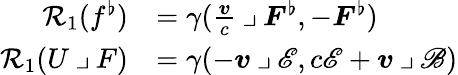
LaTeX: \begin{array}{rl}{\mathcal{R}_{1}(f^{\flat})}&{=\gamma(\frac{\boldsymbol{v}}{c}\mathbin{\lrcorner}\boldsymbol{F}^{\flat},-\boldsymbol{F}^{\flat})}\\ {\mathcal{R}_{1}(U\mathbin{\lrcorner}F)}&{=\gamma(-\boldsymbol{v}\mathbin{\lrcorner}\mathscr{E},c\mathscr{E}+\boldsymbol{v}\mathbin{\lrcorner}\mathscr{B})}\end{array}